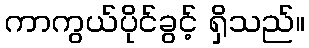
ကာကွယ်ပိုင်ခွင့် ရှိသည်။